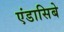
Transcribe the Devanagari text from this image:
एंडासिबे